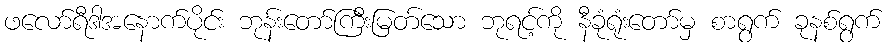
ဖလော်ရီဒါအနောက်ပိုင်း ဘုန်းတော်ကြီးမြတ်သော ဘုရင့်ကို နီခုံရုံးတော်မှ စာရွက် ခုနစ်ရွက်